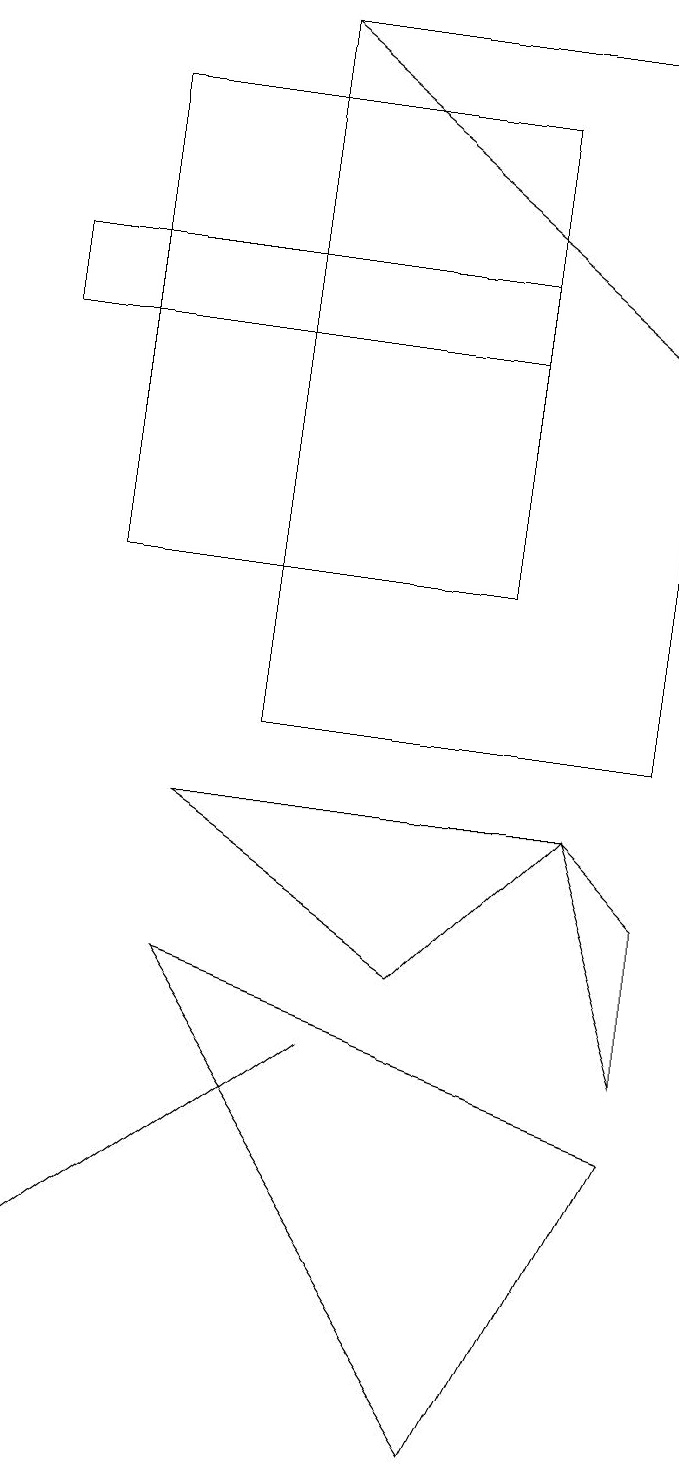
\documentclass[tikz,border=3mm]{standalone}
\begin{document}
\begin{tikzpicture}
\draw (8,6) -- (8,8) -- (7,9) -- cycle;
\draw (8,19) rectangle (3,10);
\draw (6,18) rectangle (1,12);
\draw (6,1) -- (8,5) -- (2,7) -- cycle;
\draw[->] (3,19) -- (8,15);
\draw (6,15) rectangle (0,16);
\draw (4,6) -- (0,3) -- (0,3) -- cycle;
\draw (5,7) -- (7,9) -- (2,9) -- cycle;
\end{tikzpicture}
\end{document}